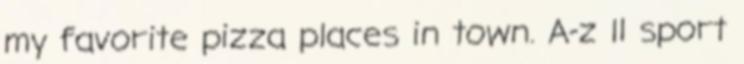
my favorite pizza places in town. A-z ll sport